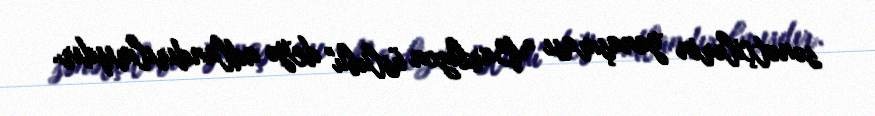
sənətçilərin yanaşması "Barbizon üslubu" deyə adlandırılmışdır.